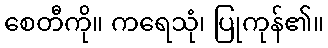
စေတီကို။ ကရေသုံ၊ ပြုကုန်၏။